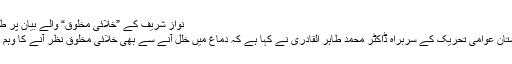
نواز شریف کے ”خلائی مخلوق“ والے بیان پر طاہر القادری
لاہور : پاکستان عوامی تحریک کے سربراہ ڈاکٹر محمد طاہر القادری نے کہا ہے کہ دماغ میں خلل آنے سے بھی خلائی مخلوق نظر آنے کا وہم ہو جاتا ہے۔